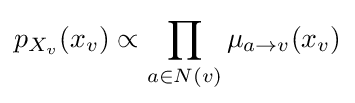
p_{X_{v}}(x_{v})\propto \prod _{a\in N(v)}\mu _{a\to v}(x_{v})